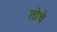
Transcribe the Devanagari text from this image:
तोचे